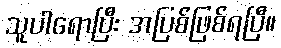
သူပါရောပြီး အပြစ်ဖြစ်ရပြီ။